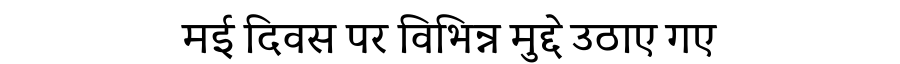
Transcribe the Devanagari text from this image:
मई दिवस पर विभिन्न मुद्दे उठाए गए